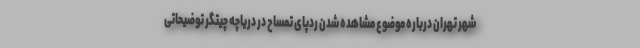
شهر تهران درباره موضوع مشاهده شدن ردپای تمساح در دریاچه چیتگر توضیحاتی